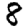
Digit: 8